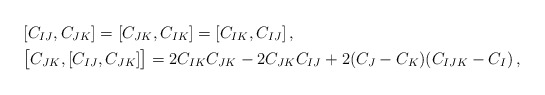
\begin{align*}&[C_{IJ},C_{JK}]=[C_{JK},C_{IK}]=[C_{IK},C_{IJ}]\,, \\&\big[C_{JK},[C_{IJ},C_{JK}]\big]=2 C_{IK}C_{JK}-2C_{JK}C_{IJ} + 2(C_J-C_K)(C_{IJK} -C_I)\,, \end{align*}